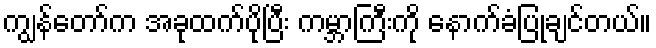
ကျွန်တော်က အခုထက်ပိုပြီး ကမ္ဘာကြီးကို နောက်ခံပြုချင်တယ်။